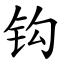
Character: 钩